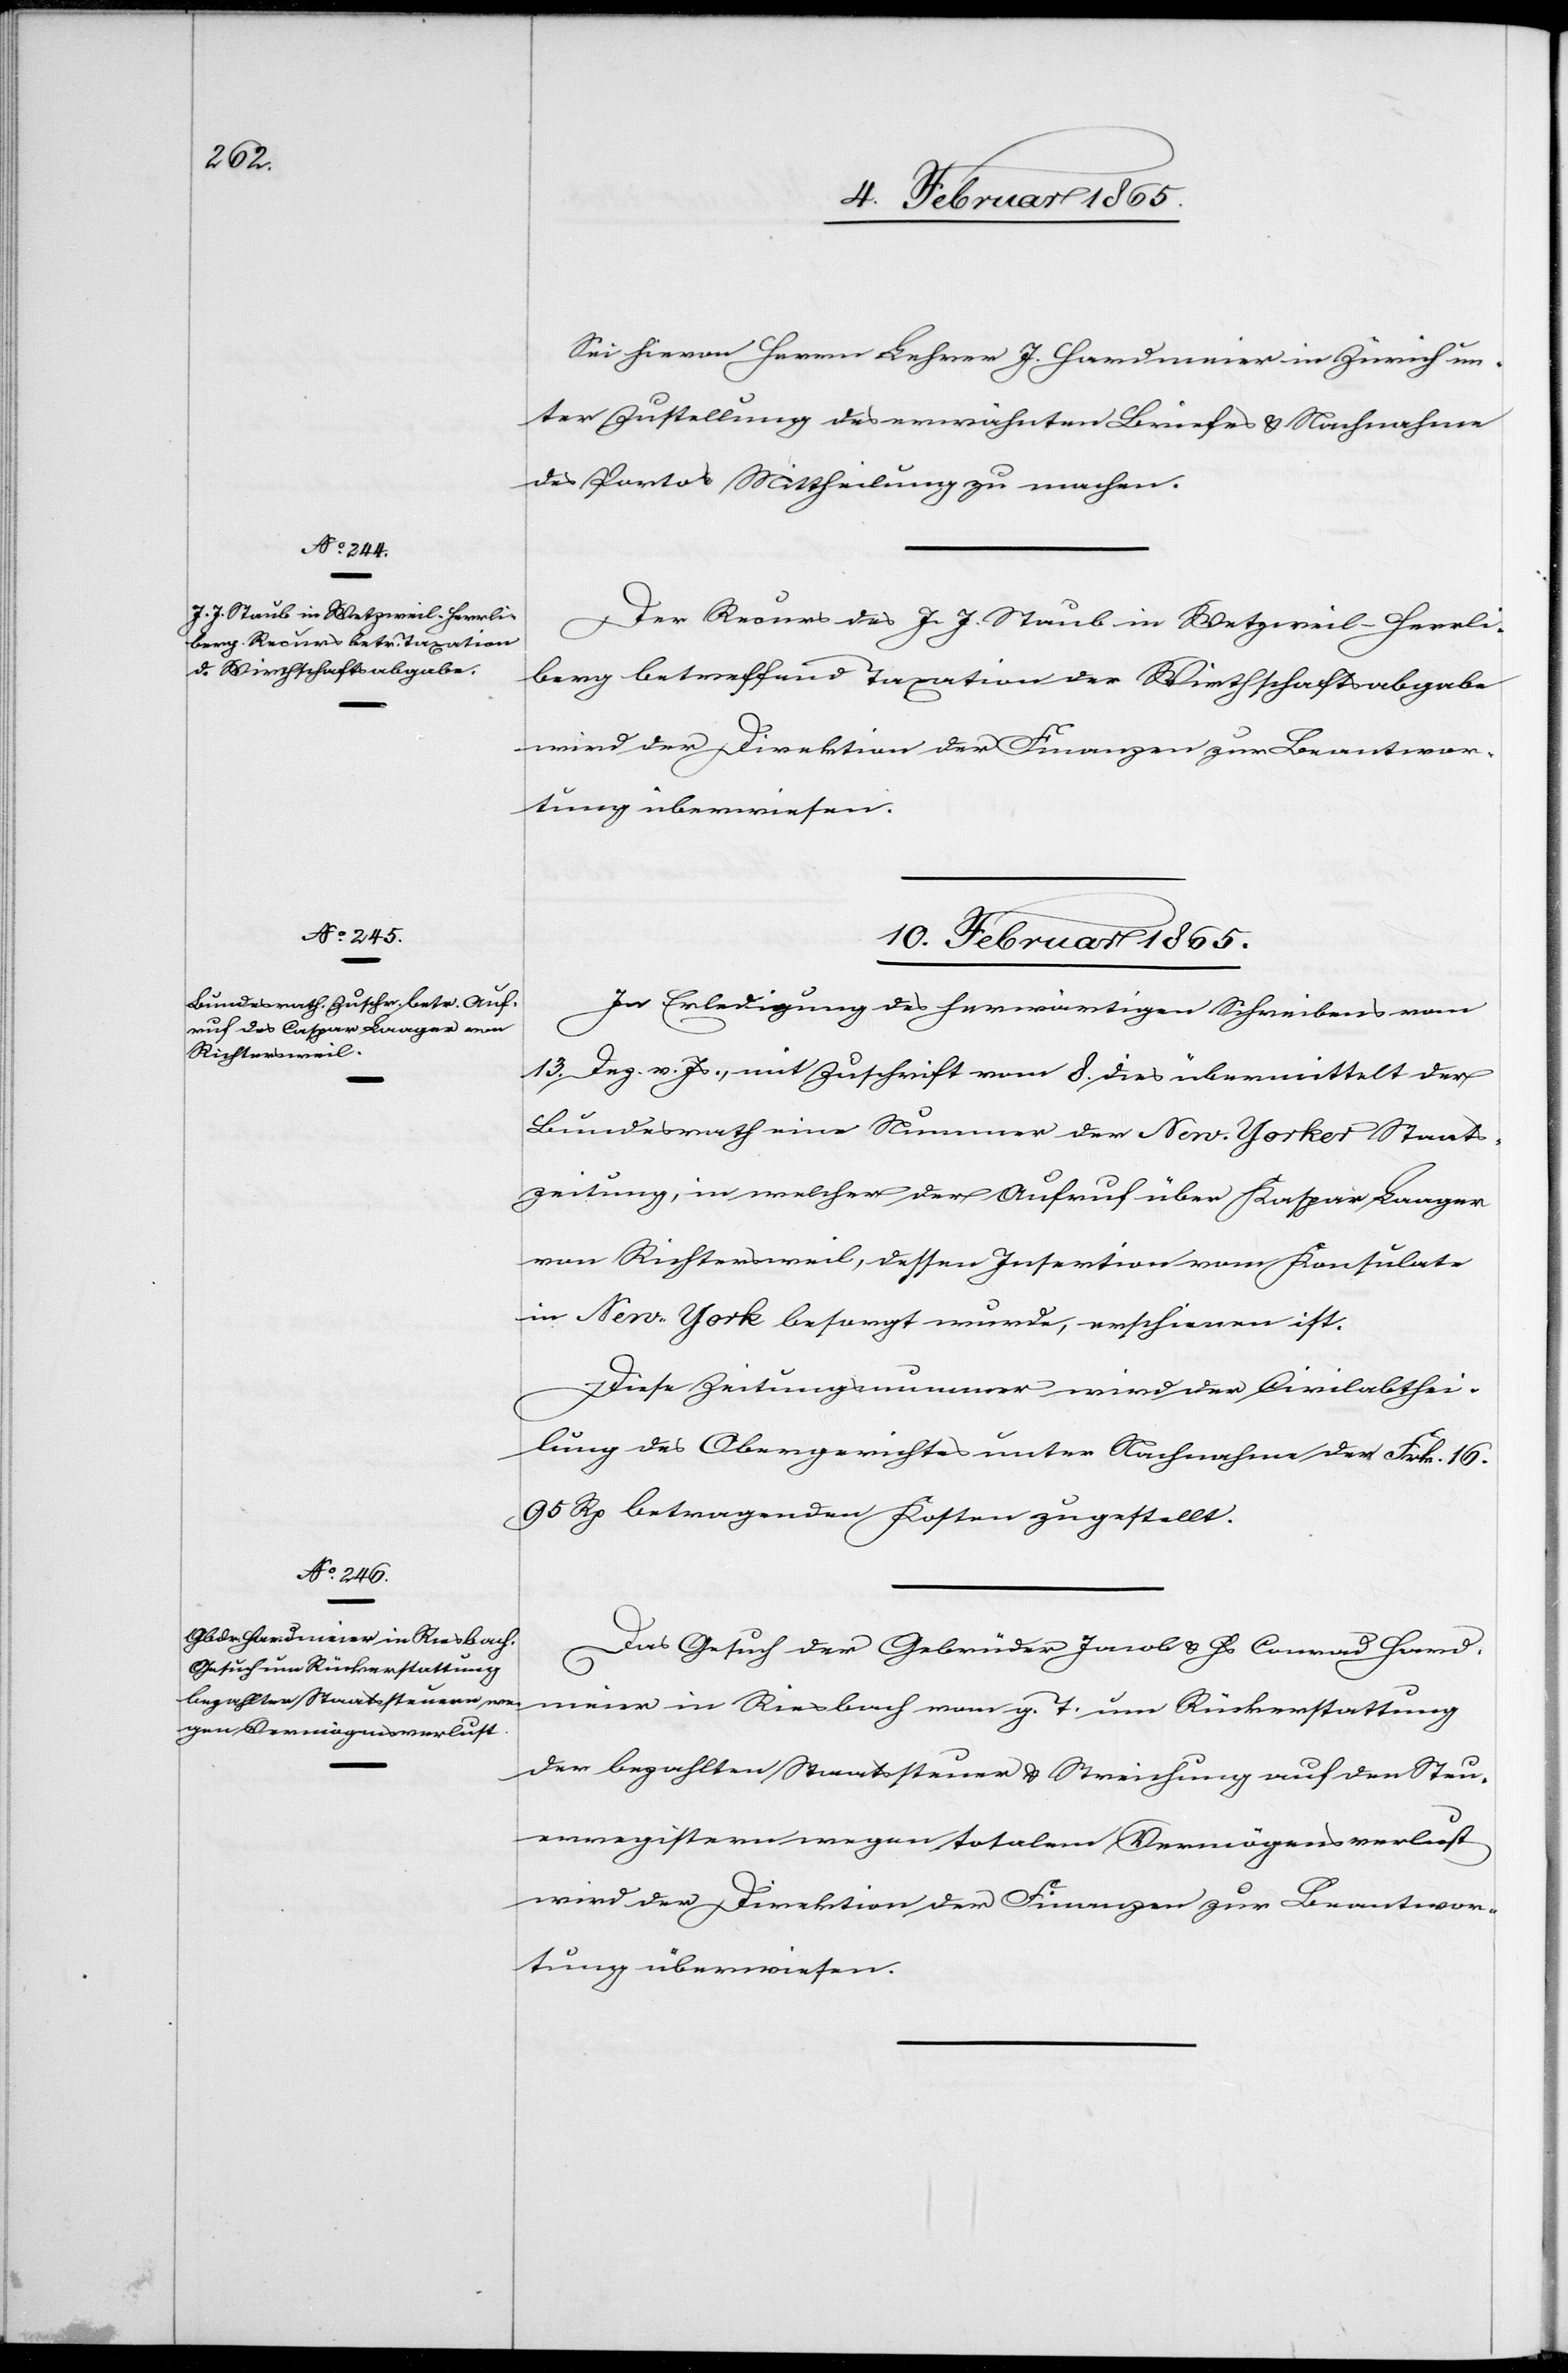
9. Februar 1865.]
Sei hievon Herrn Lehrer J. Hardmeier in Zürich un¬
ter Zustellung des erwähnten Briefes u. Nachnahme
des Portos Mittheilung zu machen.
Der Recurs des J. J. Staub in Wetzweil-Herrli¬
berg betreffend Taxation der Wirthschaftsabgabe
wird der Direktion der Finanzen zur Beantwor¬
tung überwiesen.
10. Februar 1865.]
In Erledigung des herwärtigen Schreibens vom
13. Dez. v. Js., mit Zuschrift vom 8. dies übermittelt der
Bundesrath eine Nummer der New-Yorker Staats¬
zeitung, in welcher der Aufruf über Kaspar Laager
von Richtersweil, dessen Insertion vom Konsulate
in New-York besorgt wurde, erschienen ist.
Diese Zeitungsnummer wird der Civilabthei¬
lung des Obergerichtes unter Nachnahme der Frk. 16.
95 Rp betragenden Kosten zugestellt.
Das Gesuch der Gebrüder Jacob u. Hs Conrad Hard¬
meier in Riesbach vom g. T. um Rückerstattung
der bezahlten Staatssteuer u. Streichung auf den Steu¬
erregistern wegen totalem Vermögensverlust
wird der Direktion der Finanzen zur Beantwor¬
tung überwiesen.